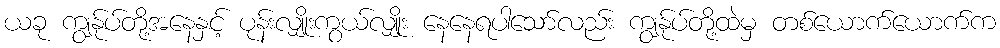
ယခု ကျွန်ုပ်တို့အနေနှင့် ပုန်းလျှိုးကွယ်လျှိုး နေနေရပါသော်လည်း ကျွန်ုပ်တို့ထဲမှ တစ်ယောက်ယောက်က